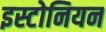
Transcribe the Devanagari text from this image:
इस्टोनियन